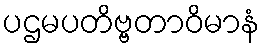
ပဌမပတိဗ္ဗတာဝိမာနံ